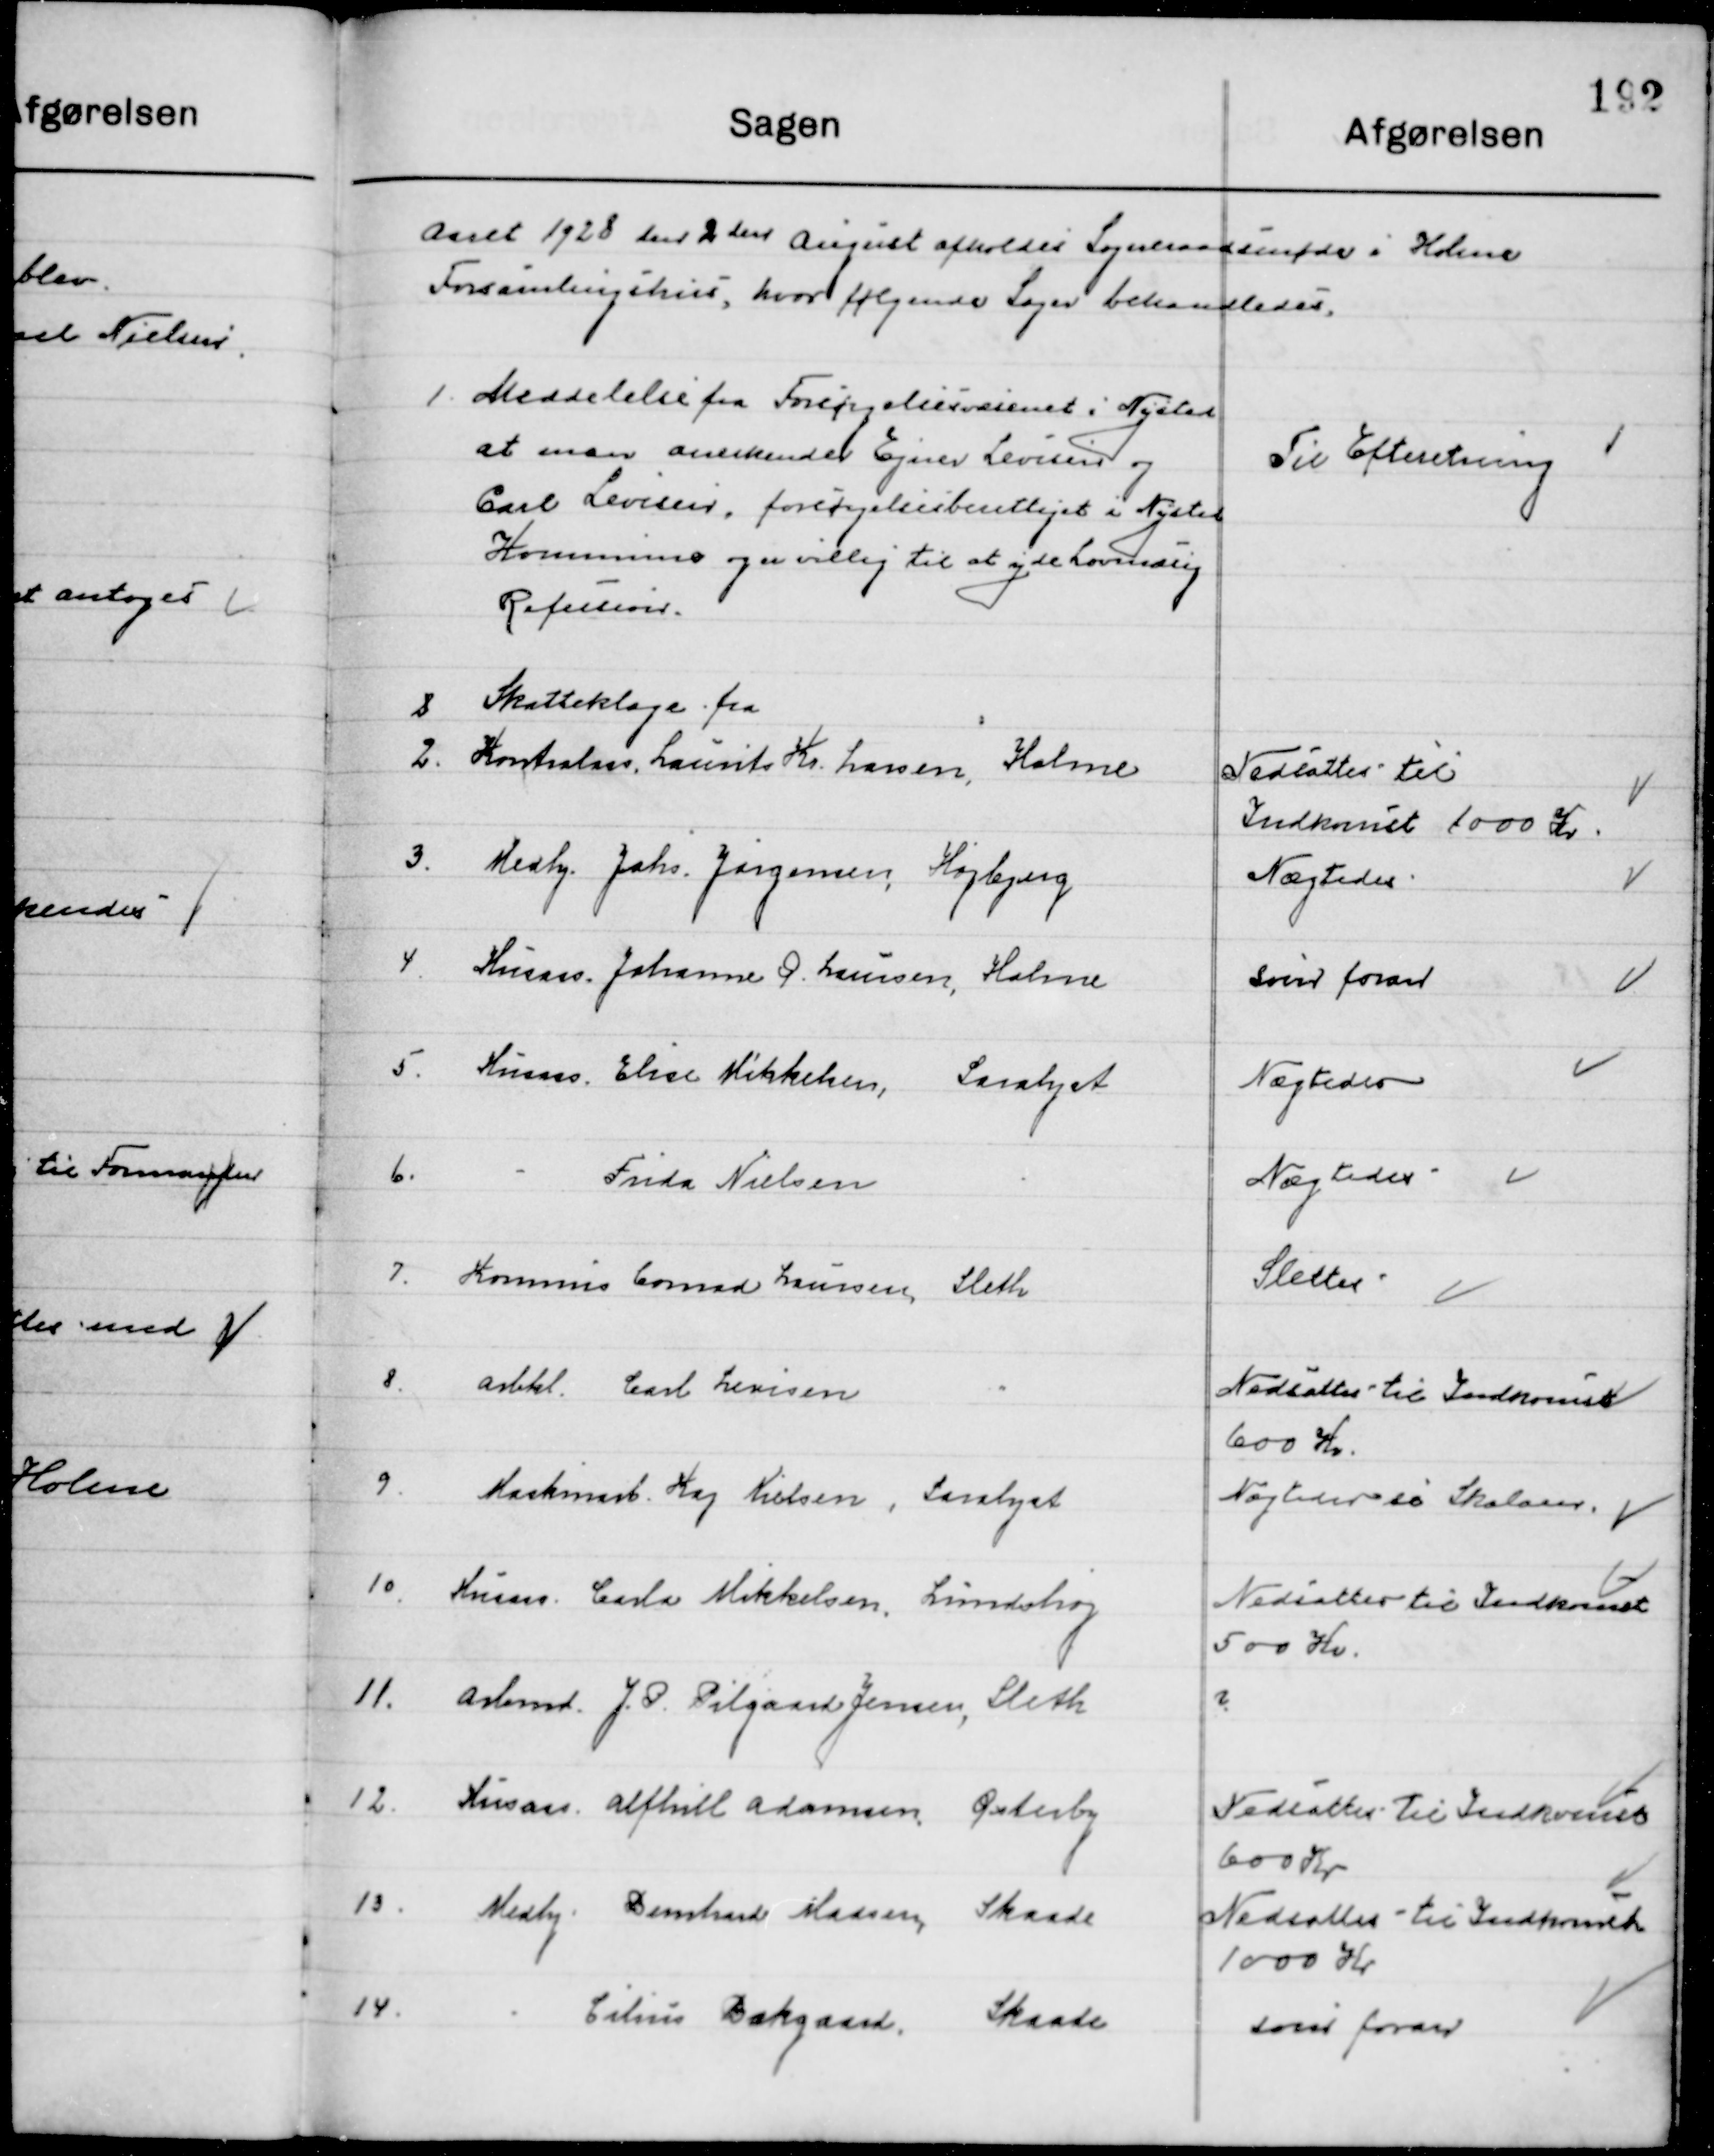
Transskription:
Aaret 1928 den 2den August afholdt Sogneraadsmøde i Holme 
Forsamlingsbygning, hvor følgende Sager behandledes.

1

Meddelelse fra Forsørgelsesvæsenet i Nysted
at man anerkender Ejnar Levisen og
Carl Levisen, forsørgelsesberettiget i Nysted
Kommune og er villig til at yde lovmæssig 
Refusion.

Til Efterretning

2

Skatteklage fra
Kornhandler Laurits Kr. Larsen, Holme

Nedsattes til 
Indkomst 1000 Kr.

3

Medhj. Johs. Jørgensen, Højberg

Nægtes

4

Husass. Johanne Ø- Hansen, Holme

Som foran

5

Husass. Elise Mikkelsen Saralyst

Nægtes

6

-	
Frida Nielsen	
-

Nægtes

7

Kommis Conrad Laursen, Sleth

Slettes

8

Arbkl. Carl Levisen -	
"

Nedsattes til Indkomst
600 Kr.

9

Maskinarb. Kaj Nielsen, Saralyst

Nægtes ds Skalaer

10

Husass. Carla Mikkelsen, Lindhøj

Nedsattes til Indkomst 
500 Kr.

11

Arbmd. J.P. Pilgaard Jensen, Sleth

?

12

Husass. Alfhill Adamsen Østerby

Nedsattes til Indkomst 
600 Kr.

13

Medhj. Bomhard Madsen Skaade

Nedsattes til Indkomst 
1000 Kr.

14

-	
Elias Bækgaard Skaade

Som foran